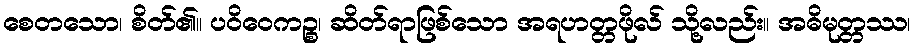
စေတသော၊ စိတ်၏။ ပဝိဝေကဉ္စ၊ ဆိတ်ရာဖြစ်သော အရဟတ္တဖိုလ် သို့လည်း။ အဓိမုတ္တဿ၊